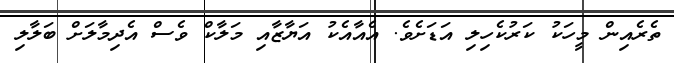
ތެރެއިން މީހަކު ކަރުކެހިލި އަޑަށެވެ. އެއާއެކު އަޔާޒާއި މަލާކް ވެސް އެދިމާލަށް ބަލާލި